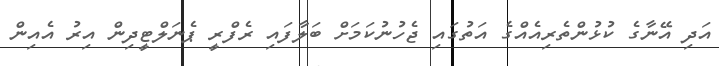
އަދި އޭނާގެ ކުޅުންތެރިއެއްގެ އަތުގައި ޖެހުނުކަމަށް ބަލާފައި ރެފްރީ ޕެނަލްޓީދިން އިރު އެއިން